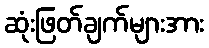
ဆုံးဖြတ်ချက်များအား